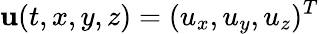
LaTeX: {\mathbf u}(t,x,y,z)=(u_{x},u_{y},u_{z})^{T}